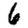
Digit: 6